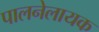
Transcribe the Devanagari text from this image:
पालनेलायक